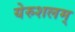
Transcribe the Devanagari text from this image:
येरुशलम्